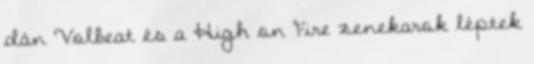
dán Volbeat és a High on Fire zenekarok léptek